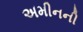
અમીનની